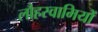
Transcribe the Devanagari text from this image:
लौहस्वामियों